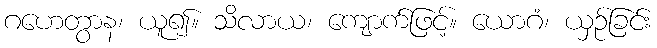
ဂဟေတွာန၊ ယူ၍။ သိလာယ၊ ကျောက်ဖြင့်။ ယောဂံ၊ ယှဉ်ခြင်း